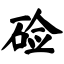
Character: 硷